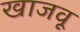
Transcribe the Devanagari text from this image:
खाजवू